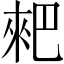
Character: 𠌊